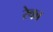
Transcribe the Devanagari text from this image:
रेका